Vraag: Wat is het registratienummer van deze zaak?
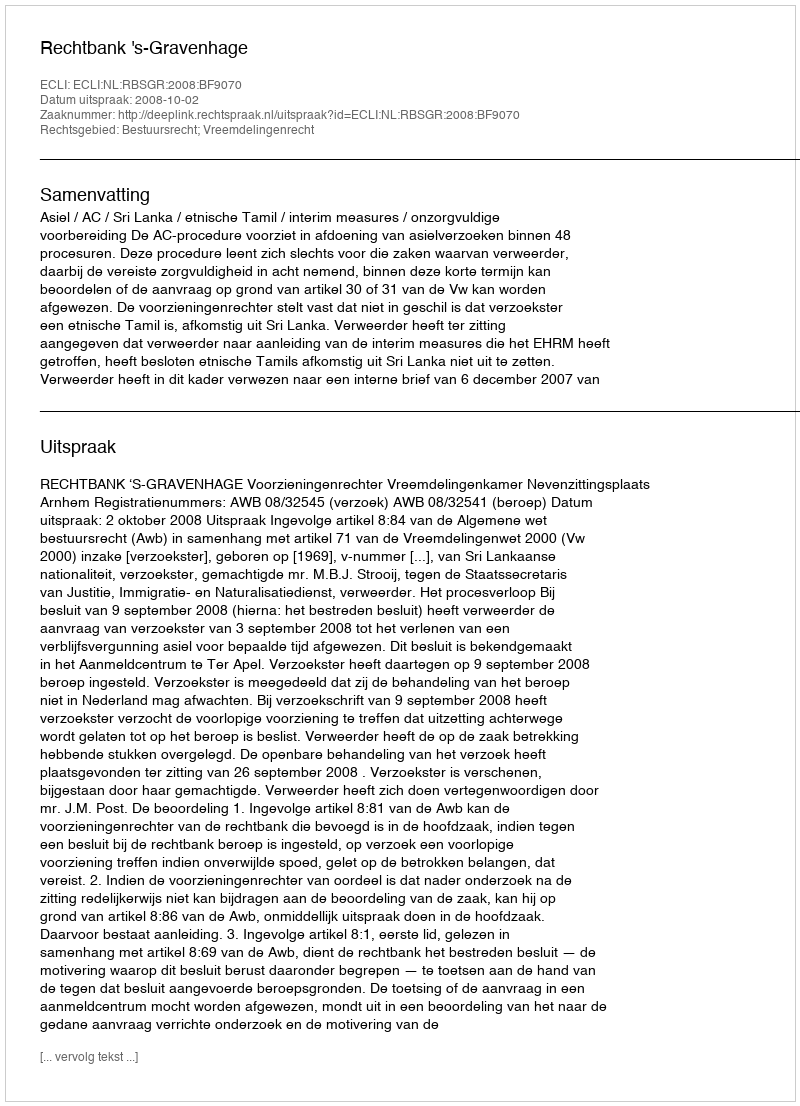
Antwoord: http://deeplink.rechtspraak.nl/uitspraak?id=ECLI:NL:RBSGR:2008:BF9070